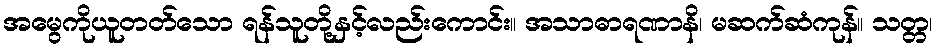
အမွေကိုယူတတ်သော ရန်သူတို့နှင့်လည်းကောင်း။ အသာဓာရဏာနိ၊ မဆက်ဆံကုန်။ သတ္တ၊